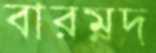
বারম্নদ